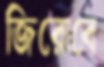
জিরোবে